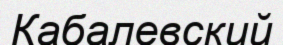
Кабалевский